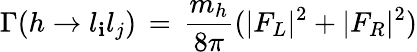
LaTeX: \Gamma(h\to{l_{\mathbf{i}}l_{j}})\, =\, {\frac{{{m_{h}}}}{{8\pi}}}(|F_{L}|^{2}+|F_{R}|^{2})